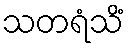
သတရံသိံ